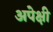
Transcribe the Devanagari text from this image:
अपेक्षी